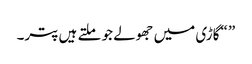
” “گاڑی میں جھولے جو ملتے ہیں پتر۔